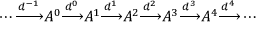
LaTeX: \cdots { \xrightarrow { d ^ { - 1 } } } A ^ { 0 } { \xrightarrow { d ^ { 0 } } } A ^ { 1 } { \xrightarrow { d ^ { 1 } } } A ^ { 2 } { \xrightarrow { d ^ { 2 } } } A ^ { 3 } { \xrightarrow { d ^ { 3 } } } A ^ { 4 } { \xrightarrow { d ^ { 4 } } } \cdots